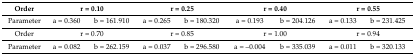
<table><thead><tr><td><b>Order</b></td><td colspan="2"><b>r = 0.10</b></td><td colspan="2"><b>r = 0.25</b></td><td colspan="2"><b>r = 0.40</b></td><td colspan="2"><b>r = 0.55</b></td></tr></thead><tbody><tr><td>Parameter</td><td>a = 0.360</td><td>b = 161.910</td><td>a = 0.265</td><td>b = 180.320</td><td>a = 0.193</td><td>b = 204.126</td><td>a = 0.133</td><td>b = 231.425</td></tr><tr><td>Order</td><td colspan="2">r = 0.70</td><td colspan="2">r = 0.85</td><td colspan="2">r = 1.00</td><td colspan="2">r = 0.94</td></tr><tr><td>Parameter</td><td>a = 0.082</td><td>b = 262.159</td><td>a = 0.037</td><td>b = 296.580</td><td>a = –0.004</td><td>b = 335.039</td><td>a = 0.011</td><td>b = 320.133</td></tr></tbody></table>